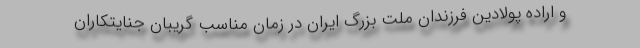
و اراده پولادین فرزندان ملت بزرگ ایران در زمان مناسب گریبان جنایتکاران